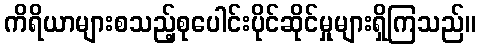
ကိရိယာများစသည့်စုပေါင်းပိုင်ဆိုင်မှုများရှိကြသည်။